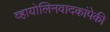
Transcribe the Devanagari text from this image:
व्हायोलिनवादकांपेकी